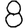
Digit: 8